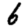
Digit: 6